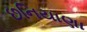
છનિયાણા